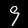
Label: 9